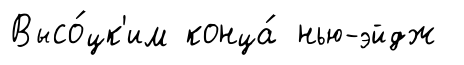
Высо́цк'им конца́ нью-эйдж